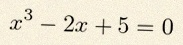
x^3-2x+5=0